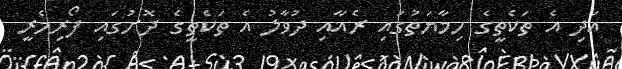
އަދި އެ ތަކެތީގެ ހިމާޔަތުގައި ރެއާއި ދުވާލު އެ ތަކެތީގެ ދޮށުގައި ފޯރިމެރީ